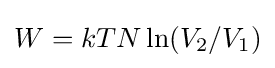
W=kTN\ln(V_{2}/V_{1})